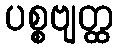
ပစ္စဗျတ္ထ